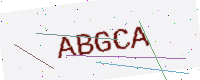
Text: ABGCA